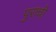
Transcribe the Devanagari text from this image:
पुराची